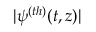
| \psi ^ { ( t h ) } ( t , z ) |